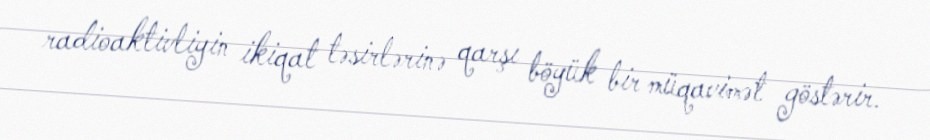
radioaktivliyin ikiqat təsirlərinə qarşı böyük bir müqavimət göstərir.